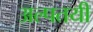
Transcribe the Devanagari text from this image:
अल्पतयी